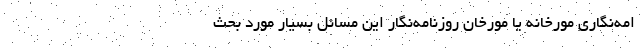
امه‌نگاری مورخانه یا مورخان روزنامه‌نگار این مسائل بسیار مورد بحث